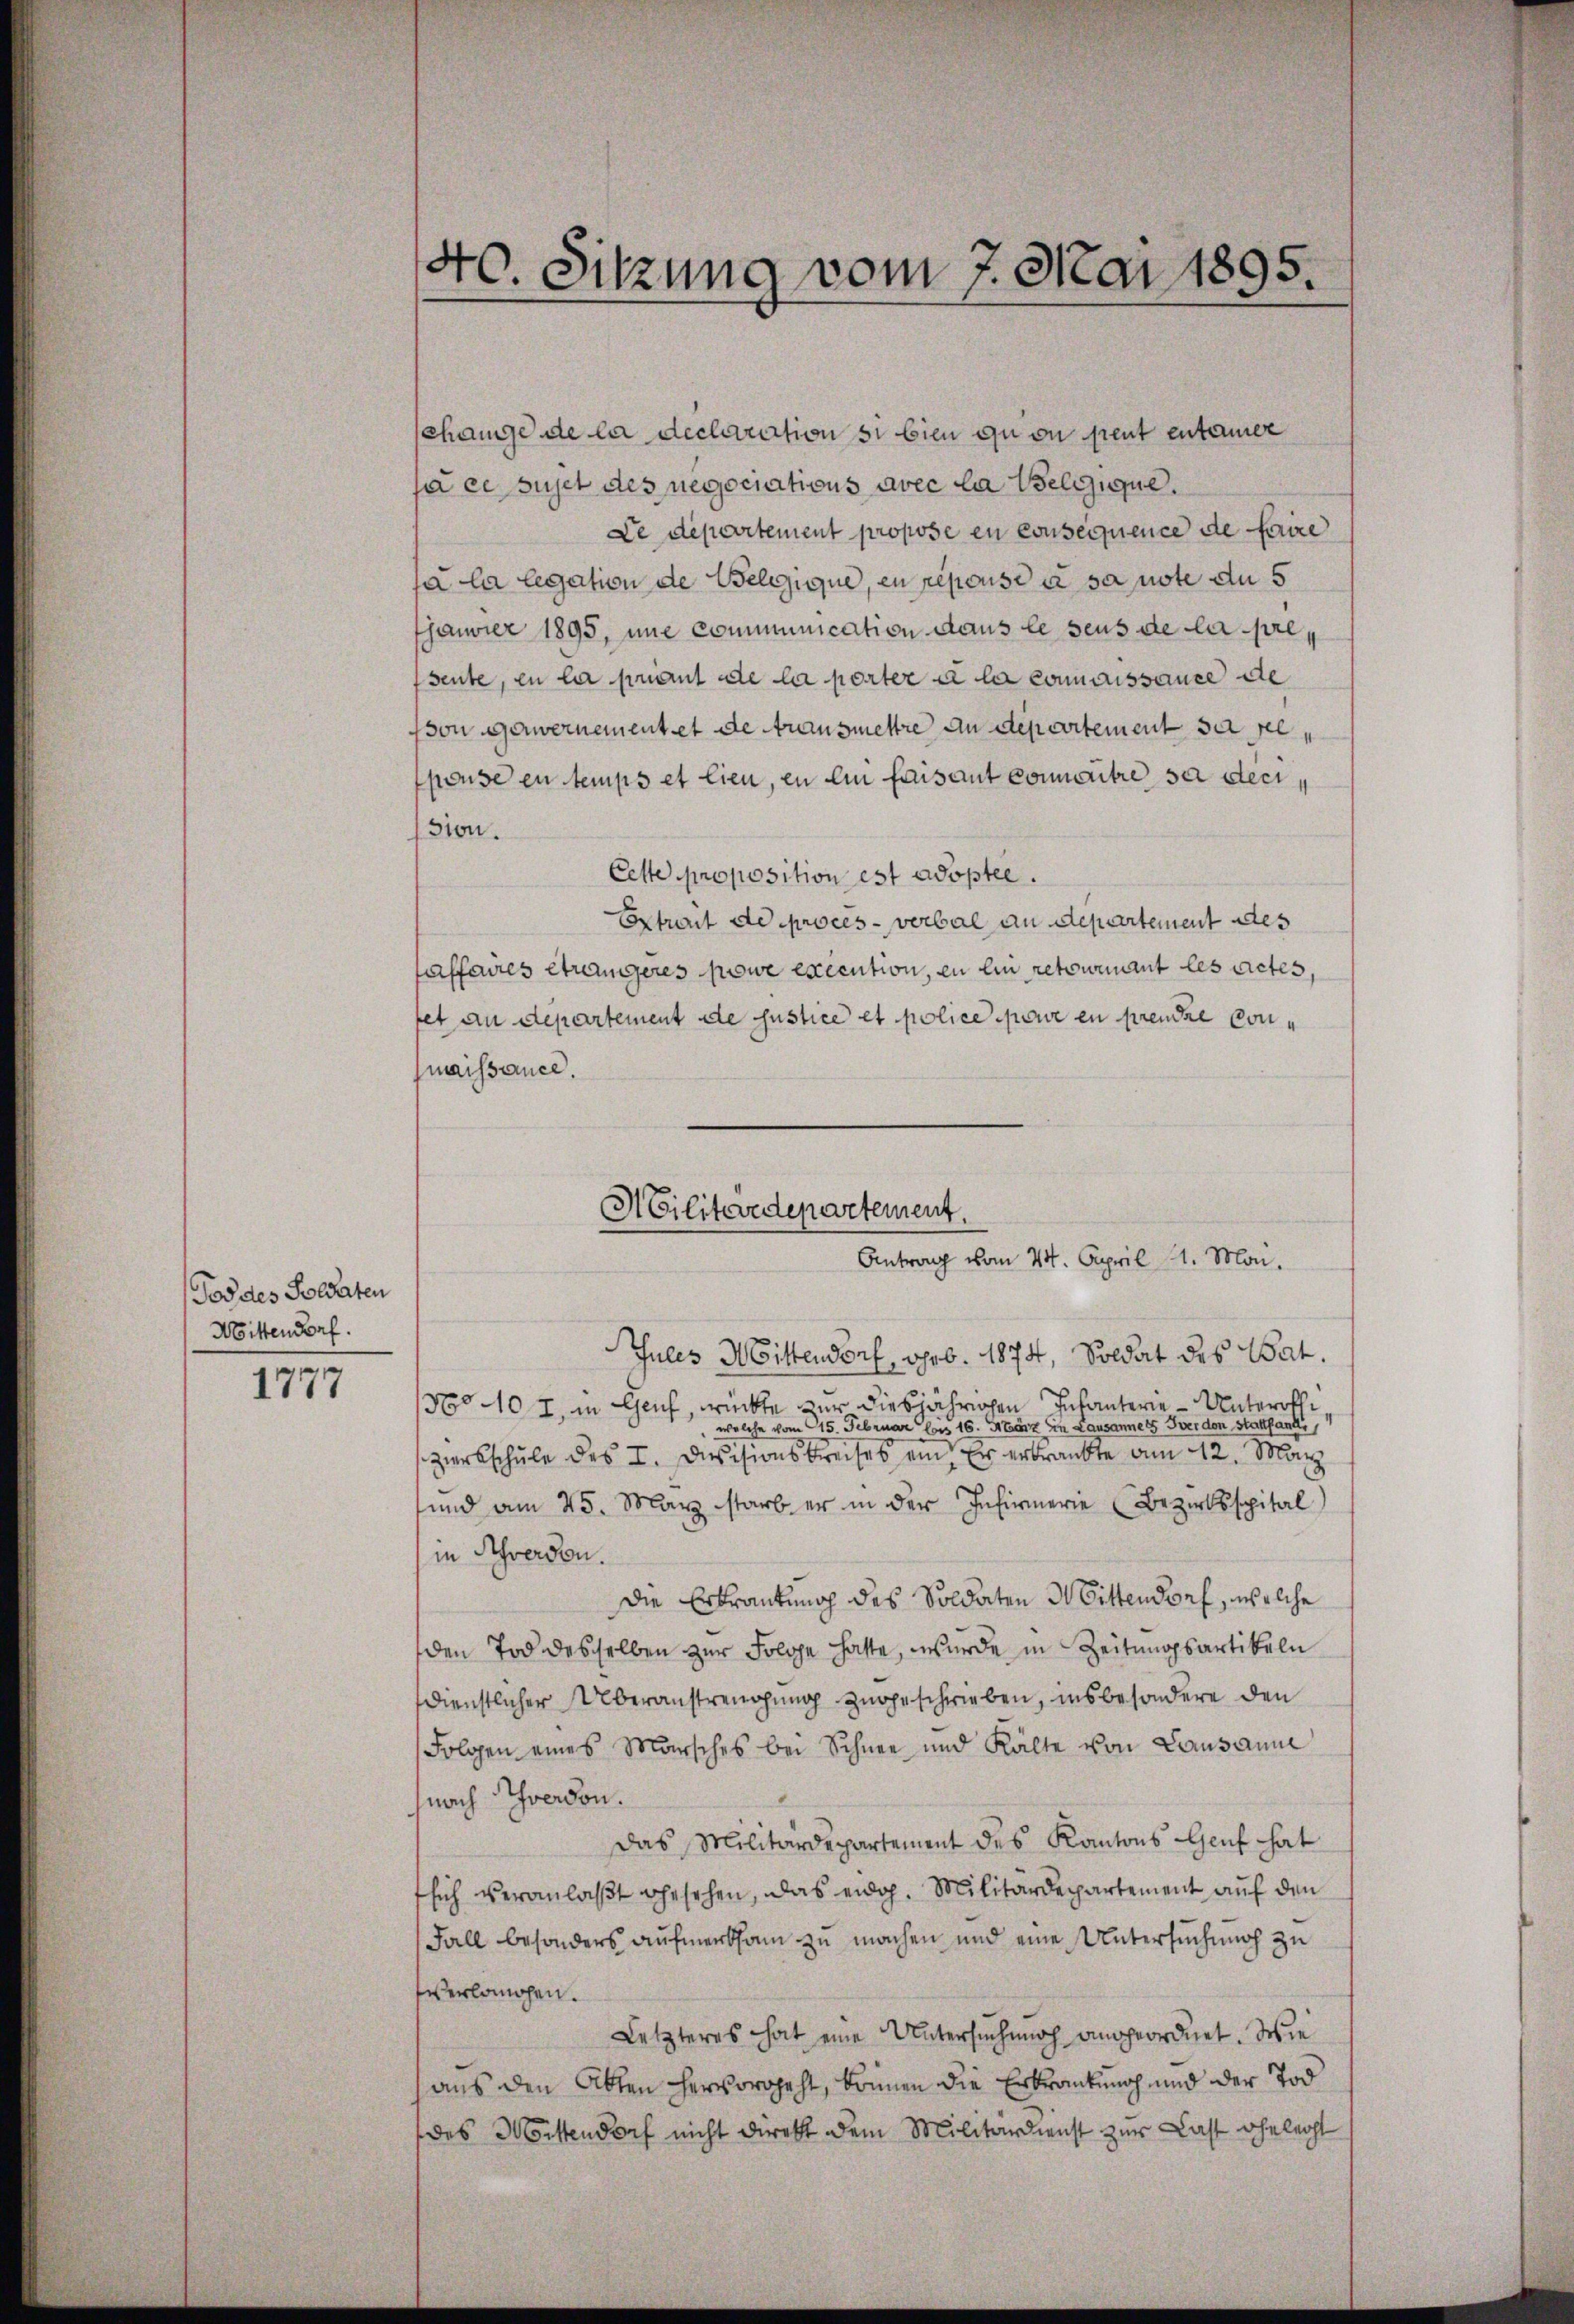
Tod des Soldaten
Mittendorf.

1777

40. Sitzung vom 7. Mai 1895.

change de la declaration si bien quon peut entaner
face sujet des negociations avec la Belgique.
Le Departement propose en consequence de faire
Ja la legation de Belgique, en repouse à sa note du 5
Jjanvier 1895, une communication dans le seus de la preseute, zu la priant de la porter à la connaissance de
son gewernement et de transmettre an Departement sa pl
pouse en temps et lieu, en ein faisant connantre sa decr
ssion.
Cette proposition est adoptee.
Extraut de procès-verbal an Departement des
affaires étrangeres powe execution, en ein retourmant les actes,
fet an departement de Justice et police pour en prendre conmaissance.
Jules Mittendorf, geb. 1874, Soldat des Bat.
No 10 I, in Genf, rückte zur diesjährigen Infanterie-Unteroffiwelche vom 15. Februar bis 16. Sturz in Lausanne 15 verden Stattfand,
ziersschule des I. Divisionskreises ein. Er erkrankte am 12. März
sund am 25. März starb er in der Infirmerie (Bezirksspital
in Schwerden.
Die Erkrautung des Soldaten Mittendorf, welche
den Tod desselben zur Folge hatte, wurde in Zeitungsartikeln
dienstlicher Überanstrengung zugeschrieben, insbesondere den
Folgen eines Marsches bei Schnee und Kälte von Lausanne
(nach verdon.
das Militärdepartement des Kantons Genf hat
sich veranlaßt gesehen, das eidg. Militärdepartement auf den
Fall besonders aufmerksam zu machen und eine Untersuchung zu
verlangen.
Letzteres hat eine Untersuchung angeordnet. Wie
aus den Akten hervorgeht, können die Erkrankung und der Tod
des Wortendorf nicht direkt dem Militärdienst zur Last ähnleiht

Militärdepartement.
Antrag vom 24. April 11. Mai.